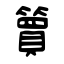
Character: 簤